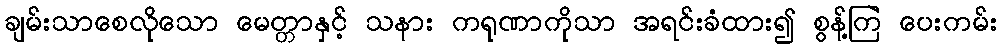
ချမ်းသာစေလိုသော မေတ္တာနှင့် သနား ကရုဏာကိုသာ အရင်းခံထား၍ စွန့်ကြဲ ပေးကမ်း